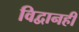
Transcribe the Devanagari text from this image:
विद्वानही